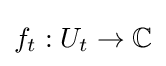
f_{t}:U_{t}\to \mathbb {C}